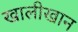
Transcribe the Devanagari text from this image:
खालीखान